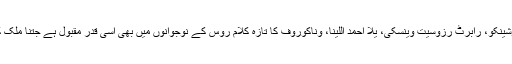
آندرے وزنے سینسکی، ایوتوشینکو، رابرٹ رزوسیت وینسکی، یلا احمد اللینا، وناکوروف کا تازہ کلام روس کے نوجوانوں میں بھی اسی قدر مقبول ہے جتنا ملک کی مغربی سرحدوں کے پار۔